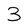
Character: 3